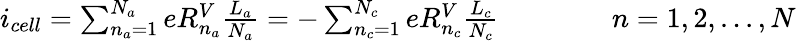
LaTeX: \begin{array}{r}{i_{cell}=\sum_{n_{a}=1}^{N_{a}}eR_{n_{a}}^{V}\frac{L_{a}}{N_{a}}=-\sum_{n_{c}=1}^{N_{c}}eR_{n_{c}}^{V}\frac{L_{c}}{N_{c}}\qquad\qquad n=1,2,...,N}\end{array}